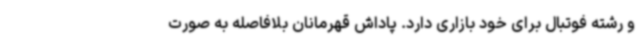
و رشته فوتبال برای خود بازاری دارد. پاداش قهرمانان بلافاصله به صورت